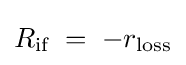
R_{\text{if}}\;=\;-r_{\text{loss}}